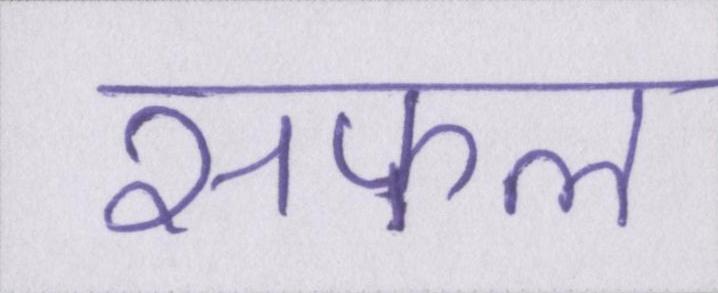
सफल